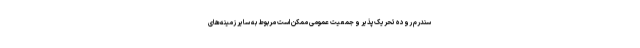
سندرم روده تحریک‌پذیر و جمعیت عمومی ممکن است مربوط به سایر زمینه‌های